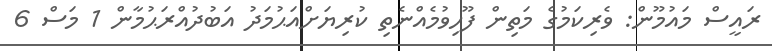
ރައީސް މައުމޫން: ވެރިކަމުގެ މަތިން ފޫހިވުމެއްނެތި ކުރިޔަށްއަޙުމަދު އަބުދުއްރަޙުމާން 1 މަސް 6